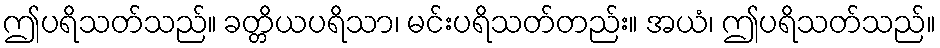
ဤပရိသတ်သည်။ ခတ္တိယပရိသာ၊ မင်းပရိသတ်တည်း။ အယံ၊ ဤပရိသတ်သည်။